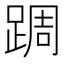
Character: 𨂊